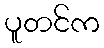
ပူတင်က